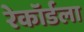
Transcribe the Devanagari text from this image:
रेकॉर्डला